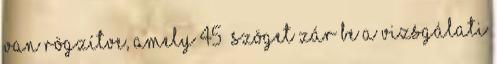
van rögzítve, amely 45° szöget zár be a vizsgálati